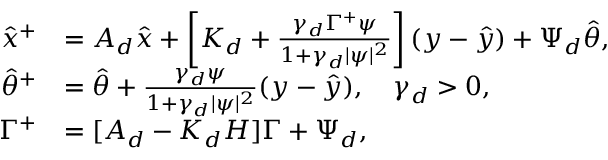
\begin{array} { r l } { \hat { x } ^ { + } } & { = A _ { d } \hat { x } + \left[ K _ { d } + \frac { \gamma _ { d } \Gamma ^ { + } \psi } { 1 + \gamma _ { d } | \psi | ^ { 2 } } \right] ( y - \hat { y } ) + \Psi _ { d } \hat { \theta } , } \\ { \hat { \theta } ^ { + } } & { = \hat { \theta } + \frac { \gamma _ { d } \psi } { 1 + \gamma _ { d } | \psi | ^ { 2 } } ( y - \hat { y } ) , \quad \gamma _ { d } > 0 , } \\ { \Gamma ^ { + } } & { = [ A _ { d } - K _ { d } H ] \Gamma + \Psi _ { d } , } \end{array}